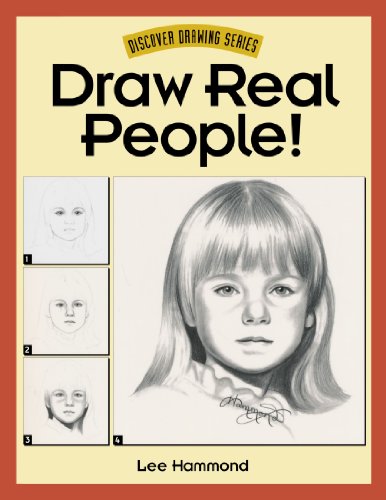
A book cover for Draw Real People! (Discover Drawing); Lee Hammond; Arts & Photography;